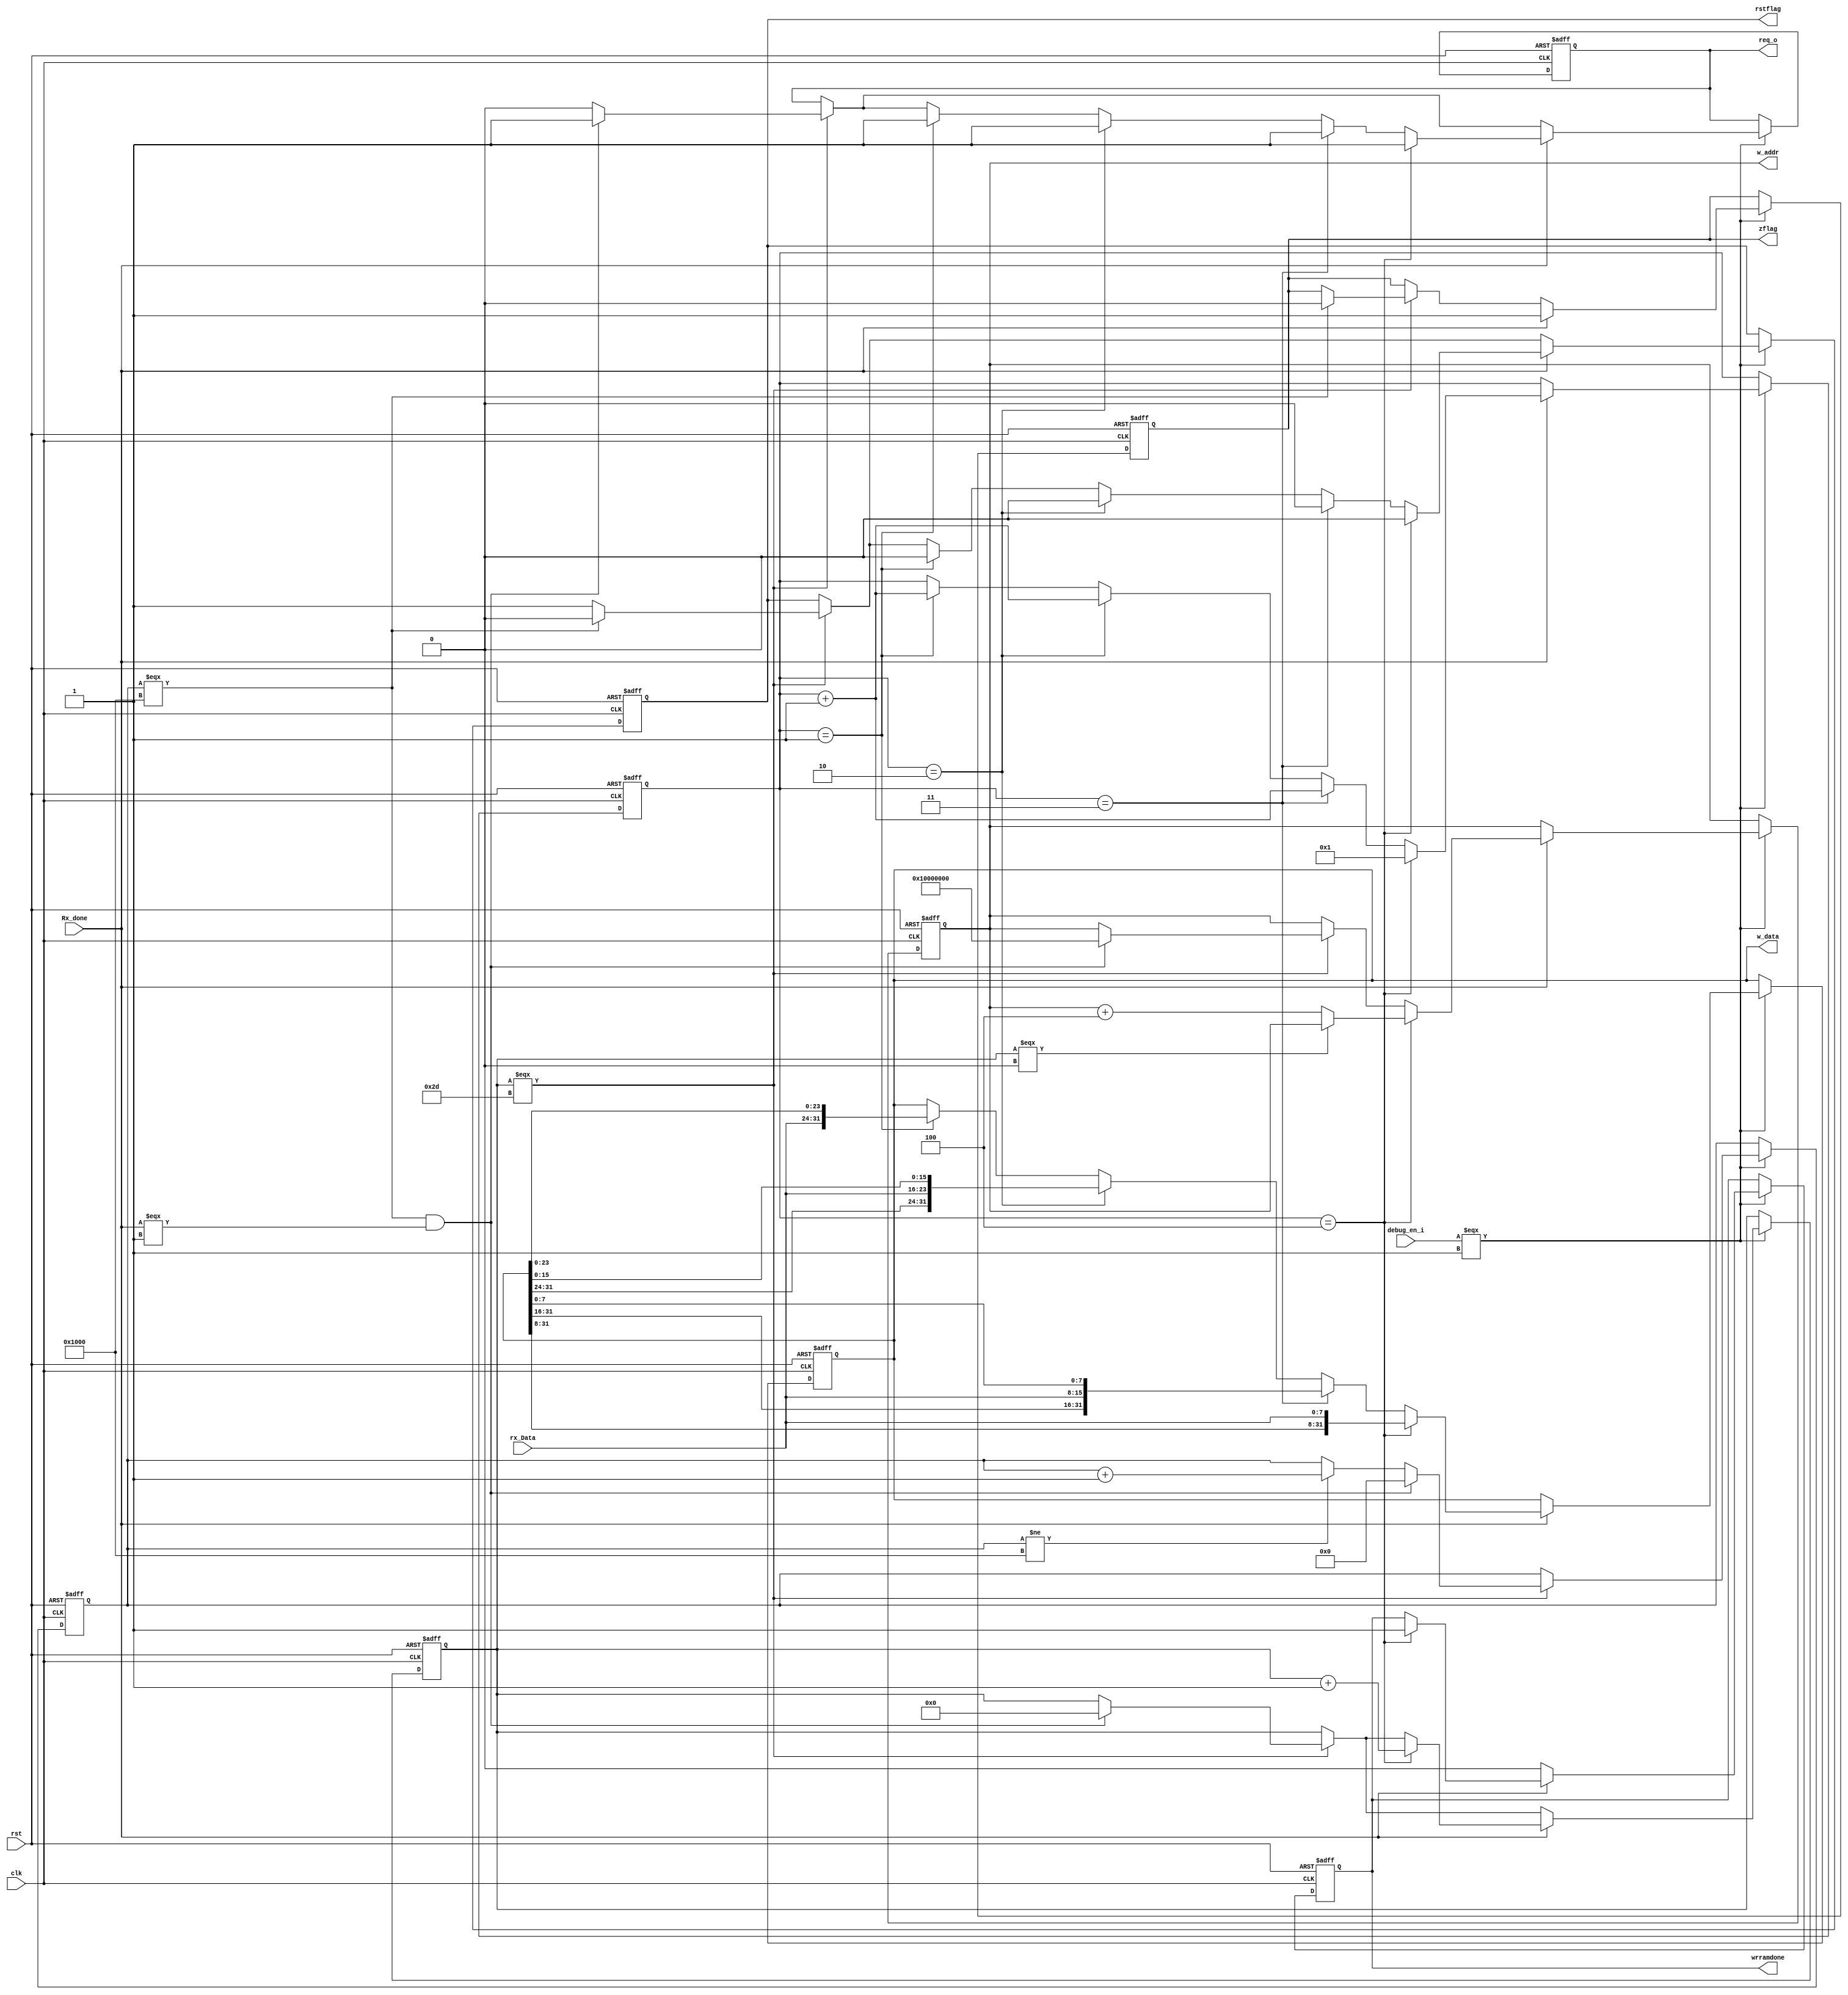
module wrram(
    input clk,
	input rst,
    input Rx_done,
    input debug_en_i,
    input [7:0]rx_Data,
    output reg req_o,
	output reg  wrramdone,
    output reg  rstflag,
    output reg  zflag,
	output reg [31:0] w_addr,
    output reg [31:0] w_data
	
	
);
    //assign req_o = (rst == 1'b1 && debug_en_i == 1'b1)? 1'b1: 1'b0;
    reg [3:0]count;
    reg [31:0]data;
    reg [5:0]flag;
    reg [13:0] clkcount;
    always@(posedge clk or negedge rst) begin
		if(!rst) begin          //??????????????????
            w_addr <= 31'h10000000;
            w_data <= 31'd0;
            wrramdone<= 0;
            count <=1;
            flag <=0;
            req_o<=1;
            rstflag<=0;
            clkcount<=0;
            zflag<=1;
        end
		else if (debug_en_i === 1'b1) begin
            if (flag === 6'b101101) begin
                req_o<=0;
                rstflag<=1;
                if (clkcount != 14'b01000000000000) begin
                    clkcount<=clkcount+1;
                end
                
                if (clkcount === 14'b01000000000000) begin
                    rstflag<=0;
                    zflag<=0;
                end
                //if (((clkcount === 19'b1000000000000000000)&&(Rx_done===1))||(endflag===1)) begin
                if (((clkcount === 14'b01000000000000)&&(Rx_done===1))) begin
                    flag<=0;
                    w_addr <=31'h10000000; 
                    clkcount<=0;
                    req_o <=1;
                end
            end
            if(Rx_done)  begin   //?????????????????????
                zflag<=1;
                if (count ==1) begin

                    w_data <= {rx_Data,w_data[23:0]};

                    
                    count<=count+1;
                    req_o <=1;
                    rstflag<=0; 
                end
                if (count ==2) begin

                    w_data <= {w_data[31:24],rx_Data,w_data[15:0]};

                    count<=count+1;
                    req_o <=1;
                    rstflag<=0;
        
                end
                if (count ==3) begin

                    w_data <= {w_data[31:16],rx_Data,w_data[7:0]};
  
                    
                    count<=count+1;
                    req_o <=1;
                    rstflag<=0;
                end
                if (count ==4) begin

                    w_data <= {w_data[31:8],rx_Data};
                    wrramdone <=1;
  
                    
                    if (flag === 0) begin
                        w_addr <=w_addr;
                    end else begin
                        w_addr <=w_addr+4;
                    end
                    flag <=flag+1;
                    count<=1;  
                    req_o <=1;
                    rstflag<=0;
               
                end
			    else begin
                
                end 
            
                
            end
		    else begin
                w_addr <= w_addr;    //??????????????
                wrramdone <=0;
            
            end
        end
    end


    
endmodule